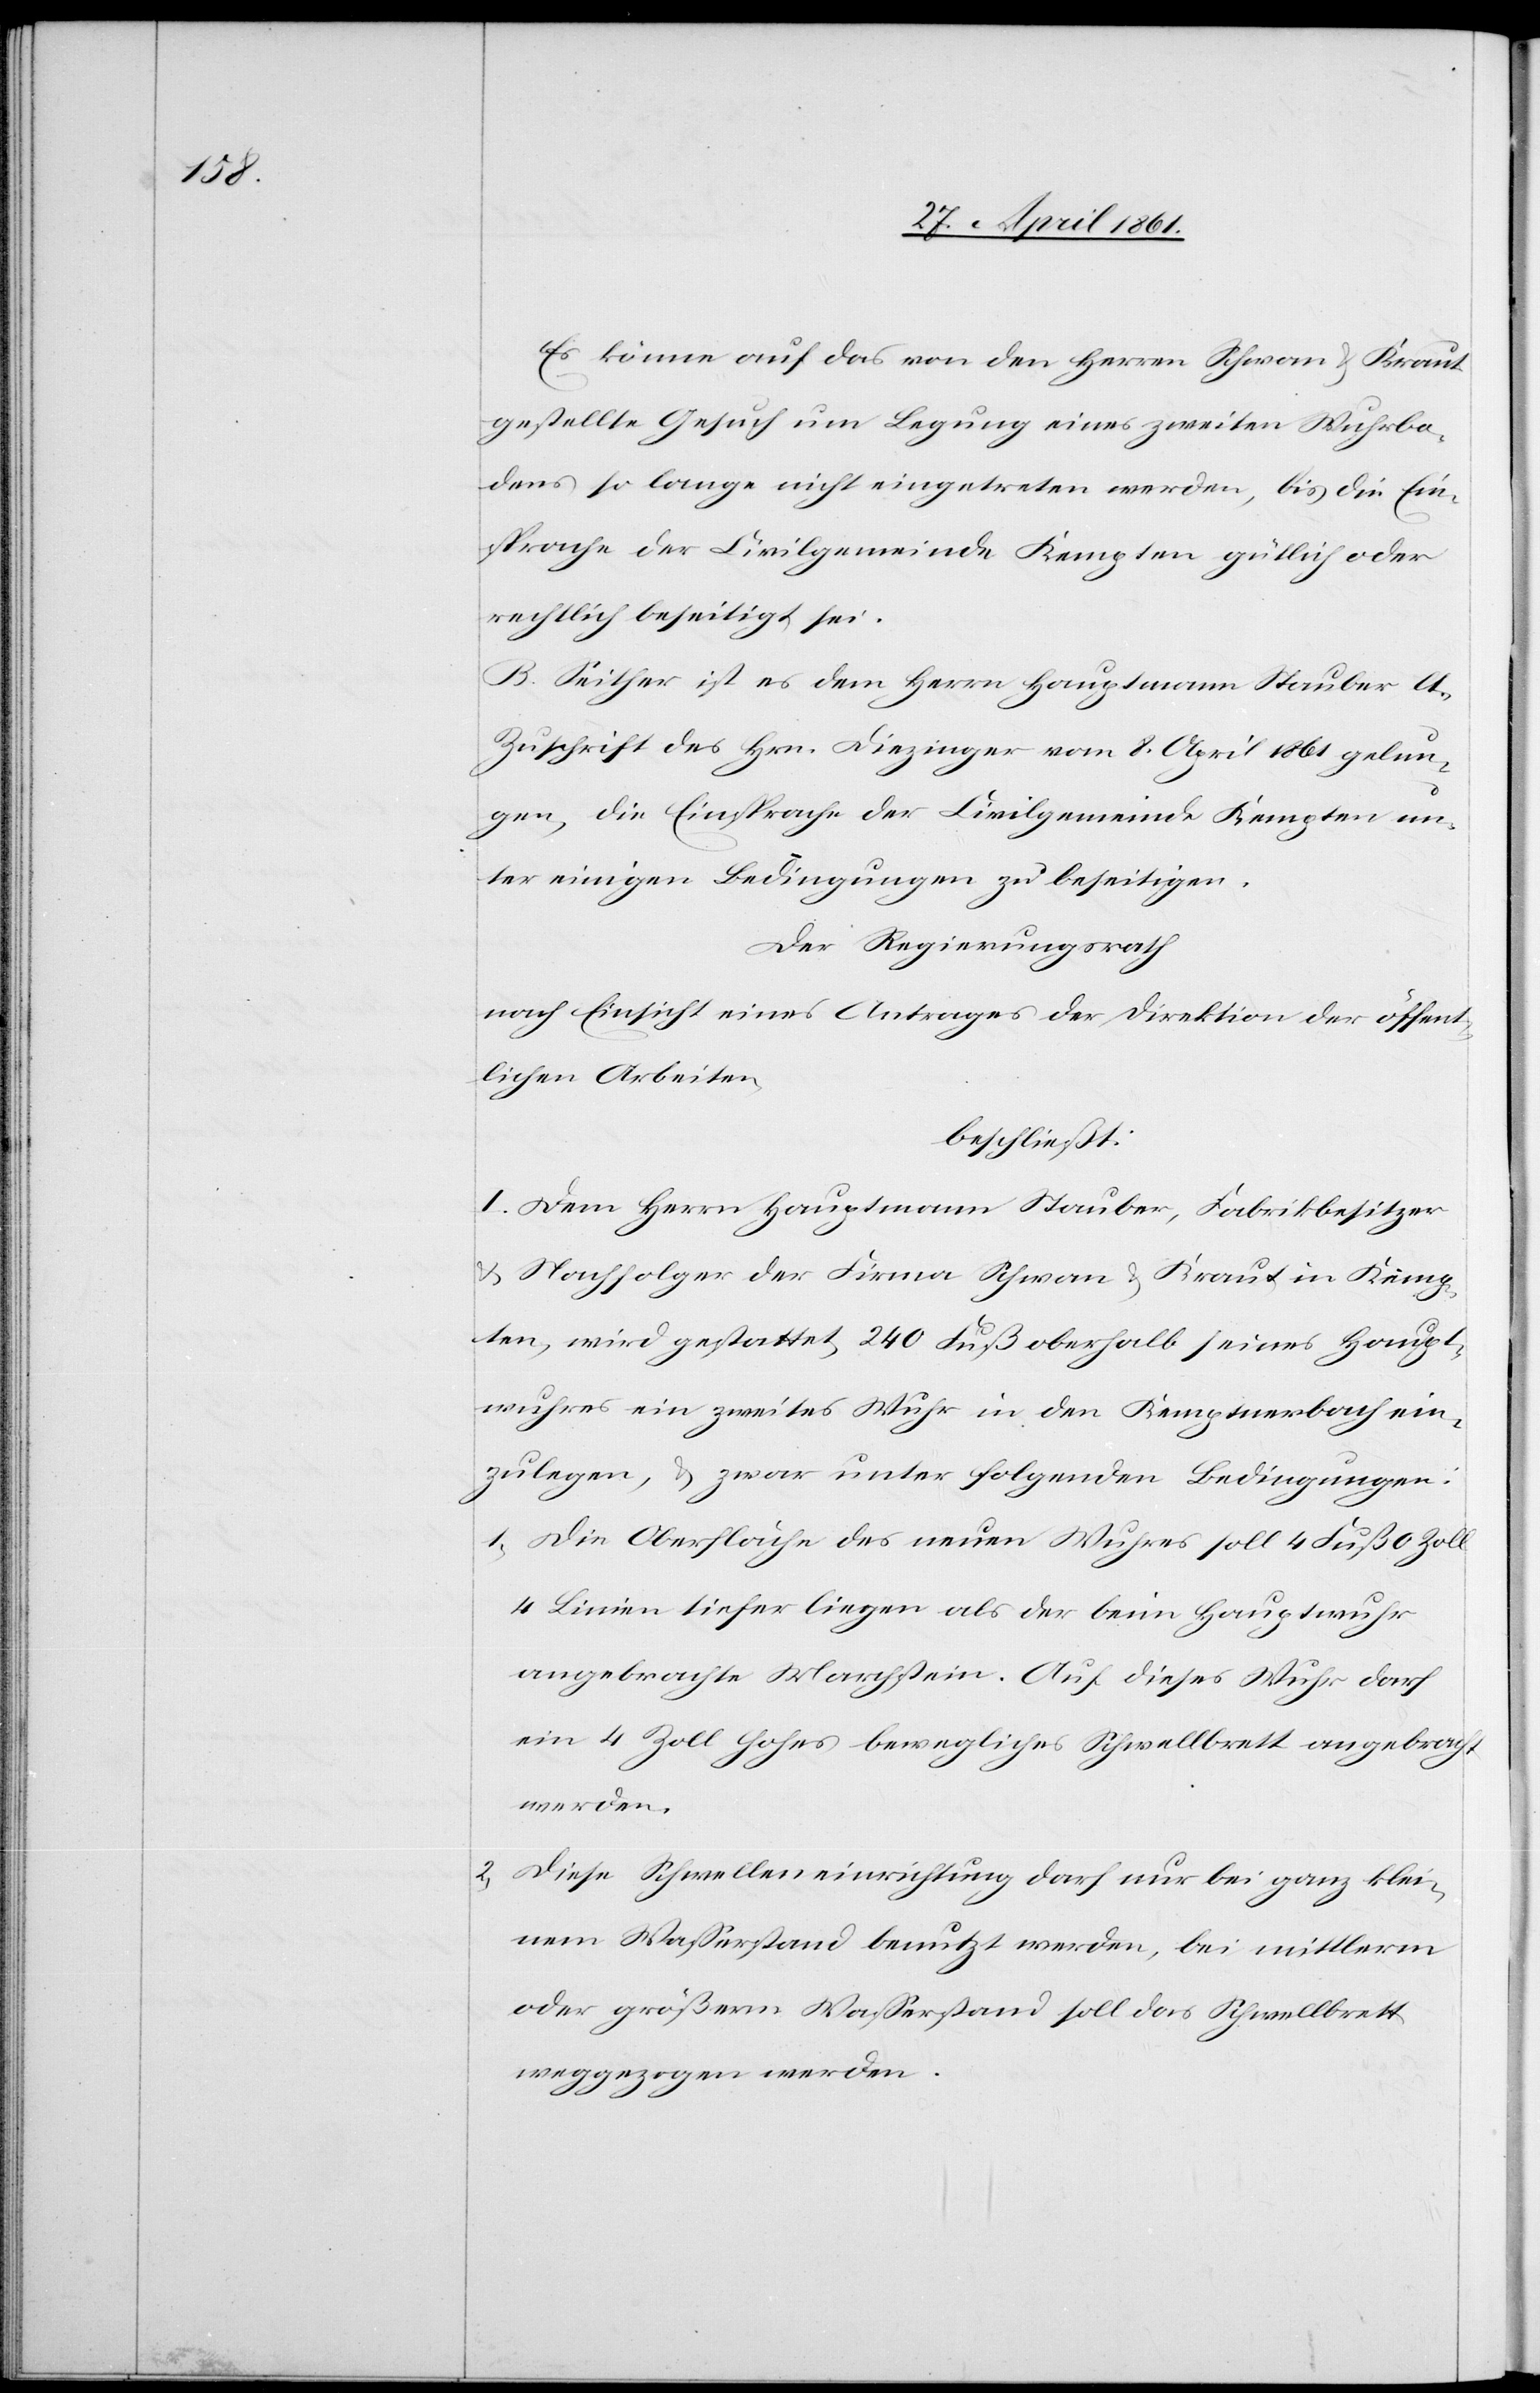
Es könne auf das von den Herren Schwan u. Kraut
gestellte Gesuch um Legung eines zweiten Wuhrbo¬
dens so lange nicht eingetreten werden, bis die Ein¬
sprache der Civilgemeinde Kempten gütlich oder
rechtlich beseitigt sei.
B. Seither ist es dem Herrn Hauptmann Stauber lt.
Zuschrift des Hrn. Diezinger vom 8. April 1861 gelun¬
gen, die Einsprache der Civilgemeinde Kempten un¬
ter einigen Bedingungen zu beseitigen.
Der Regierungsrath
nach Einsicht eines Antrages der Direktion der öffent¬
lichen Arbeiten,
beschließt:
I. Dem Herrn Hauptmann Stauber, Fabrikbesitzer
u. Nachfolger der Firma Schwan u. Kraut in Kemp¬
ten, wird gestattet, 240 Fuß oberhalb seines Haupt¬
wuhres ein zweites Wuhr in den Kemptnerbach ein¬
zulegen, u. zwar unter folgenden Bedingungen:
1. Die Oberfläche des neuen Wuhres soll 4 Fuß 0 Zoll
4 Linien tiefer liegen als der beim Hauptwuhr
angebrachte Marchstein. Auf dieses Wuhr darf
ein 4 Zoll hohes bewegliches Schwellbrett angebracht
werden.
2. Diese Schwelleneinrichtung darf nur bei ganz klei¬
nem Wasserstand benutzt werden, bei mittlerm
oder größerm Wasserstand soll das Schwellbrett
weggezogen werden.